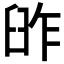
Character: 𦥬